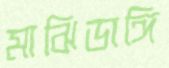
মাঝিডাঙ্গি